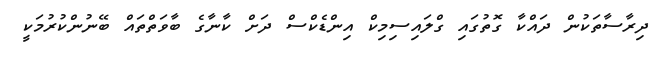
ދިރާސާތަކުން ދައްކާ ގޮތުގައި ގްލައިސިމިކް އިންޑެކްސް ދަށް ކާނާގެ ބާވަތްތައް ބޭނުންކުރުމަކީ